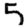
Digit: 5